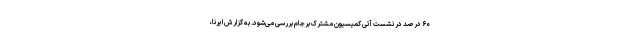
۶۰ درصد در نشست آتی کمیسیون مشترک برجام بررسی می‌شود. به گزارش ایرنا،